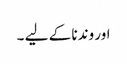
اور وندنا کے لیے ۔